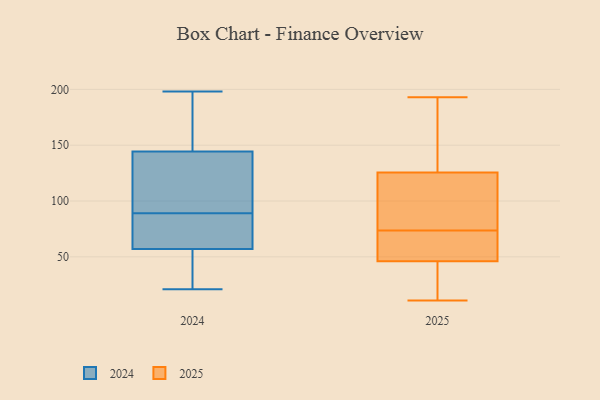
{"axis": {"x": "Demand Index", "y": "Value"}, "legend": ["2024", "2025"], "data": [{"x": "", "y": 175, "type": "2025"}, {"x": "", "y": 50, "type": "2025"}, {"x": "", "y": 74, "type": "2025"}, {"x": "", "y": 75, "type": "2025"}, {"x": "", "y": 73, "type": "2025"}, {"x": "", "y": 32, "type": "2025"}, {"x": "", "y": 61, "type": "2025"}, {"x": "", "y": 116, "type": "2025"}, {"x": "", "y": 47, "type": "2025"}, {"x": "", "y": 28, "type": "2025"}, {"x": "", "y": 12, "type": "2025"}, {"x": "", "y": 45, "type": "2025"}, {"x": "", "y": 174, "type": "2025"}, {"x": "", "y": 68, "type": "2025"}, {"x": "", "y": 93, "type": "2025"}, {"x": "", "y": 11, "type": "2025"}, {"x": "", "y": 124, "type": "2025"}, {"x": "", "y": 189, "type": "2025"}, {"x": "", "y": 127, "type": "2025"}, {"x": "", "y": 193, "type": "2025"}, {"x": "", "y": 89, "type": "2024"}, {"x": "", "y": 198, "type": "2024"}, {"x": "", "y": 190, "type": "2024"}, {"x": "", "y": 131, "type": "2024"}, {"x": "", "y": 53, "type": "2024"}, {"x": "", "y": 21, "type": "2024"}, {"x": "", "y": 85, "type": "2024"}, {"x": "", "y": 147, "type": "2024"}, {"x": "", "y": 43, "type": "2024"}, {"x": "", "y": 37, "type": "2024"}, {"x": "", "y": 98, "type": "2024"}, {"x": "", "y": 29, "type": "2024"}, {"x": "", "y": 160, "type": "2024"}, {"x": "", "y": 69, "type": "2024"}, {"x": "", "y": 70, "type": "2024"}, {"x": "", "y": 187, "type": "2024"}, {"x": "", "y": 136, "type": "2024"}, {"x": "", "y": 133, "type": "2024"}, {"x": "", "y": 79, "type": "2024"}]}